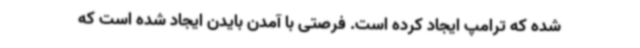
شده که ترامپ ایجاد کرده است. فرصتی با آمدن بایدن ایجاد شده است که